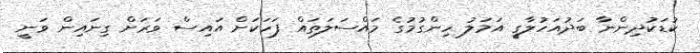
ކުޑަކުދިންނާ ބަދުއަހުލާގީ އަމަލު ހިންގުމުގެ މައްސަލަތައް ފަހަކަށް އައިސް ވަރަށް ގިނައިން ވަނީ